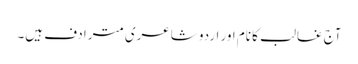
آج غالب کا نام اور اردو شاعری مترادف ہیں۔